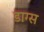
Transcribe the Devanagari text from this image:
डाग्स